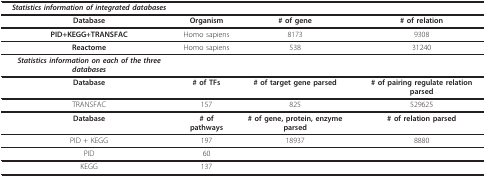
| Statistics information of integrated databases |  |  |  |
 | --- | --- | --- | --- |
 | Database | Organism | # of gene | # of relation |
 | PID+KEGG+TRANSFAC | Homo sapiens | 8173 | 9308 |
 | Reactome | Homo sapiens | 538 | 31240 |
 | Statistics information on each of the three databases |  |  |  |
 | Database | # of TFs | # of target gene parsed | # of pairing regulate relation parsed |
 | TRANSFAC | 157 | 825 | 529625 |
 | Database | # of pathways | # of gene, protein, enzyme parsed | # of relation parsed |
 | PID + KEGG | 197 | 18937 | 8880 |
 | PID | 60 |  |  |
 | KEGG | 137 |  |  |